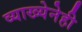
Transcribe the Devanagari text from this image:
व्याख्येनेही